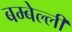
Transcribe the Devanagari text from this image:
बम्बेल्ली